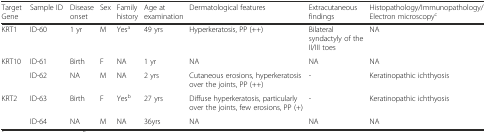
| Target Gene | Sample ID | Disease onset | Sex | Family history | Age at examination | Dermatological features | Extracutaneous findings | Histopathology/Immunopathology/Electron microscopyc |
 | --- | --- | --- | --- | --- | --- | --- | --- | --- |
 | KRT1 | ID-60 | 1 yr | M | Yesa | 49 yrs | Hyperkeratosis, PP (++) | Bilateral syndactyly of the II/III toes | NA |
 | KRT10 | ID-61 | Birth | F | NA | 1 yr | NA | NA | NA |
 |  | ID-62 | NA | M | NA | 2 yrs | Cutaneous erosions, hyperkeratosis over the joints, PP (++) | - | Keratinopathic ichthyosis |
 | KRT2 | ID-63 | Birth | F | Yesb | 27 yrs | Diffuse hyperkeratosis, particularly over the joints, few erosions, PP (+) | - | Keratinopathic ichthyosis |
 |  | ID-64 | NA | M | NA | 36yrs | NA | NA | NA |